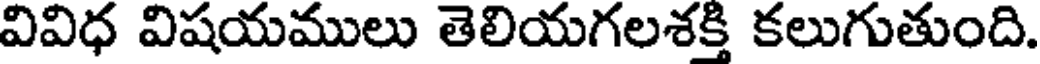
వివిధ విషయములు తెలియగలశక్తి కలుగుతుంది.